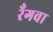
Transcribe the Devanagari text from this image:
रँगवा